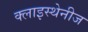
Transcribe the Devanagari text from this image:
क्लाइस्थेनीज